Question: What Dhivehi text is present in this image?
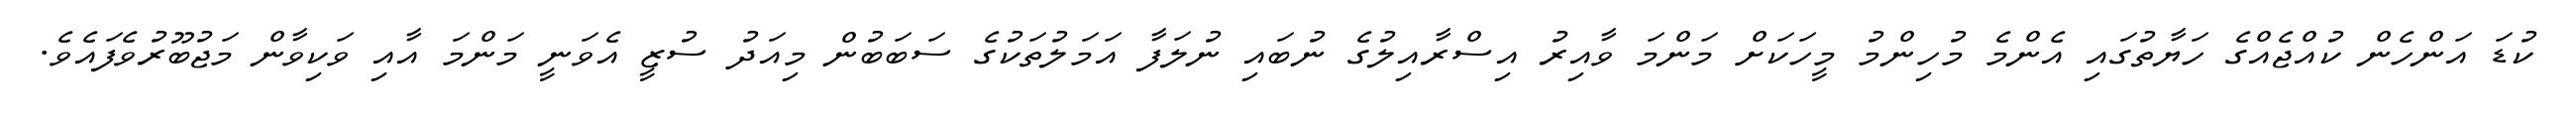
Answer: ކުޑަ އަންހެން ކުއްޖެއްގެ ހަޔާތުގައި އެންމެ މުހިންމު މީހަކަށް މަންމަ ވާއިރު އިސްރާއިލުގެ ނުބައި ނުލަފާ އަމަލުތަކުގެ ސަބަބުން މިއަދު ސުޒީ އެވަނީ މަންމަ އާއި ވަކިވާން މަޖުބޫރުވެފައެވެ.